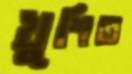
খুশিত